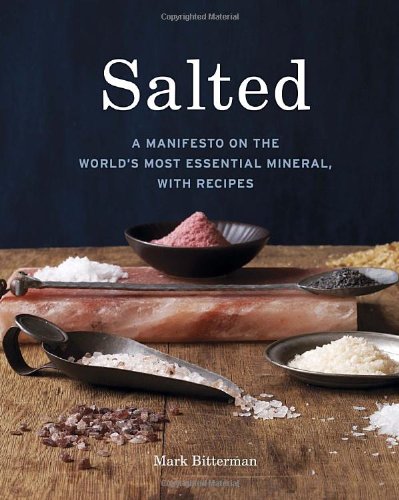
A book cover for Salted: A Manifesto on the World's Most Essential Mineral, with Recipes; Mark Bitterman; Cookbooks, Food & Wine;